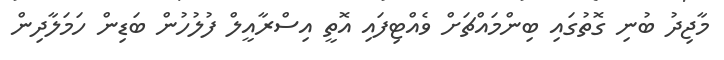
މާޖިދު ބުނި ގޮތުގައި ބިންމައްޗަށް ވެއްޓިފައި އޮތީ އިސްރާއީލް ފުލުހުން ބަޑިން ހަމަލާދިން